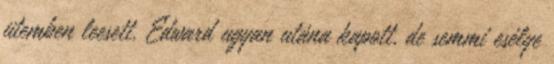
ütemben leesett. Edward ugyan utána kapott, de semmi esélye